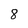
Character: 8